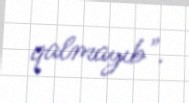
qalmayıb".